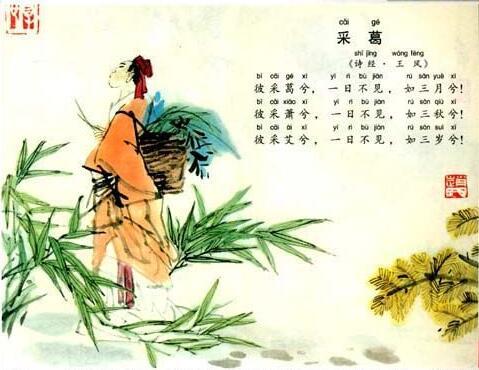
一日不见，如三月兮。